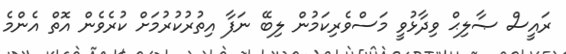
ރައީސް ޞާލިޙް ވިދާޅުވީ މަސްވެރިކަމުން ލިބޭ ނަފާ އިތުރުކުރުމަށް ކުރެވެން އޮތް އެންމެ